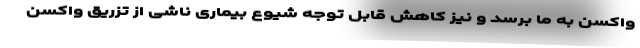
واکسن به ما برسد و نیز کاهش قابل توجه شیوع بیماری ناشی از تزریق واکسن